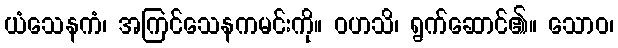
ယံသေနကံ၊ အကြင်သေနကမင်းကို။ ဝဟသိ၊ ရွက်ဆောင်၏။ သောဝ၊